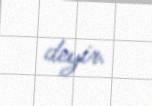
deyir.